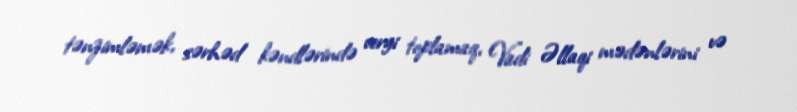
tənzimləmək, sərhəd kəndlərində vergi toplamaq, Vadi Əllaqi mədənlərini və